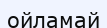
ойламай